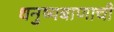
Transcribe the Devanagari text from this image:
धनुष्यबाणाची